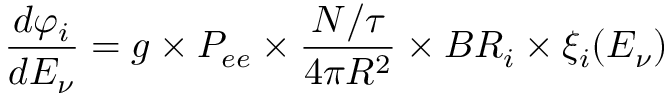
\frac { d \varphi _ { i } } { d E _ { \nu } } = g \times P _ { e e } \times \frac { N / \tau } { 4 \pi R ^ { 2 } } \times B R _ { i } \times \xi _ { i } ( E _ { \nu } )